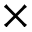
\times